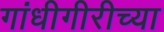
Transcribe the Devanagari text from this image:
गांधीगीरीच्या